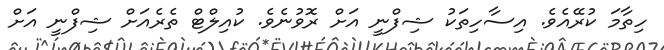
ހިތާމަ ކުރޭއެވެ. އިސާހިތަކު ޝިފްނީ އަށް ރޮވުނެވެ. ކުއިލްޓް ތެރެއަށް ޝިފްނީ އަށް